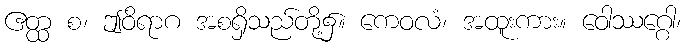
ဧတ္ထ စ၊ ဤဝိရာဂ အစရှိသည်တို့၌။ ကေဝလံ၊ အထူးကား။ ဝေါဿဂ္ဂေါ၊